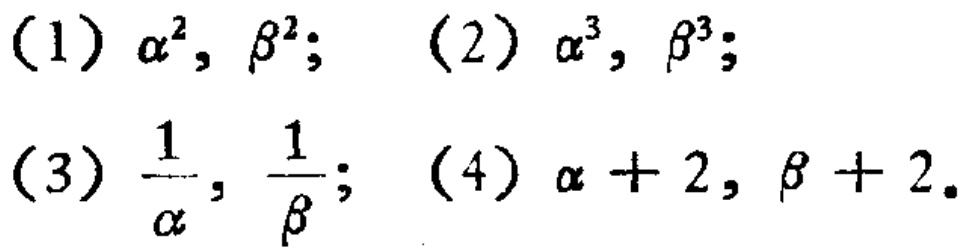
(1) $\alpha^{2}, \beta^{2}$; (2) $\alpha^{3}, \beta^{3}$;
(3) $\frac{1}{\alpha}, \frac{1}{\beta}$; (4) $\alpha + 2, \beta + 2$.